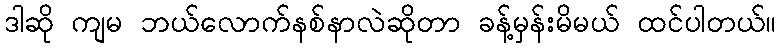
ဒါဆို ကျမ ဘယ်လောက်နစ်နာလဲဆိုတာ ခန့်မှန်းမိမယ် ထင်ပါတယ်။